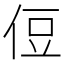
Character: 侸